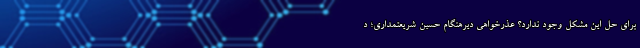
برای حل این مشکل وجود ندارد؟ عذرخواهی دیرهنگام حسین شریعتمداری؛ د